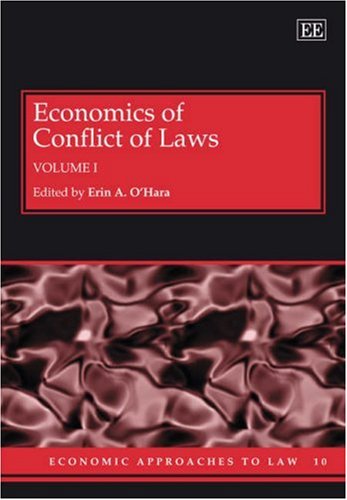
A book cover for Economics of Conflict of Laws (Economic Approaches to Law Series); Erin OEEhara; Law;